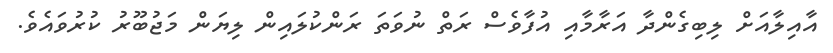
އާއިލާއަށް ލިބިގެންދާ އަރާމާއި އުފާވެސް ރަތް ނުވަތަ ރަންކުލައިން ލިޔަން މަޖުބޫރު ކުރުވައެވެ.